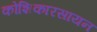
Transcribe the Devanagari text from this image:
कोशिकारसायन